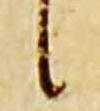
候